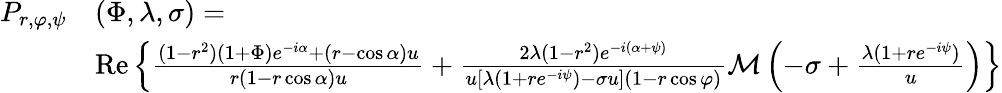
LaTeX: \begin{array}{rl}{P_{r,\varphi,\psi}}&{(\Phi,\lambda,\sigma)=}\\ &{\mathrm{Re}\left\{ \frac{(1-r^{2})(1+\Phi)e^{-i\alpha}+(r-\cos\alpha)u}{r(1-r\cos\alpha)u}+\frac{2\lambda(1-r^{2})e^{-i(\alpha+\psi)}}{u\left[\lambda(1+re^{-i\psi})-\sigma u\right](1-r\cos\varphi)}\mathcal M\left(-\sigma+\frac{\lambda(1+re^{-i\psi})}{u}\right)\right\} }\end{array}